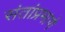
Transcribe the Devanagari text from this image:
संतांप्रमाणे